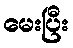
မေးပြီး